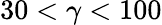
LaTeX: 30<\gamma<100